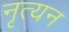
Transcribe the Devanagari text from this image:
नृत्यन